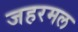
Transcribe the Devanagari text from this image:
जहरमल